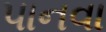
પાનવા